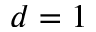
d = 1